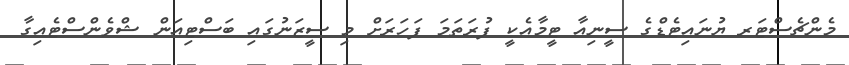
މެންޗެސްޓަރ ޔުނައިޓެޑްގެ ސީނިއާ ޓީމާއެކީ ފުރަތަމަ ފަހަރަށް މި ސީޒަނުގައި ބަސްޓިއަން ޝްވެންސްޓެއިގާ